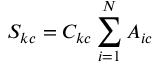
S _ { k c } = C _ { k c } \sum _ { i = 1 } ^ { N } A _ { i c }